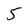
Character: 5